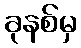
ခုနစ်မှ